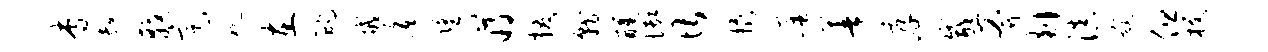
杳超戟定视在酡戒底望蒋援就醺御堪橇准善厚咸斧剡滇甑但梗